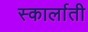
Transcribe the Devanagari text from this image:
स्कार्लाती